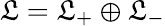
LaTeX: {\cal\mathfrak{L}}={\cal\mathfrak{L}}_{+}\oplus{\cal\mathfrak{L}}_{-}